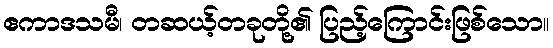
ဧကာဒသမီ၊ တဆယ့်တခုတို့၏ ပြည့်ကြောင်းဖြစ်သော။